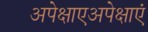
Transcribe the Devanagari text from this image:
अपेक्षाएअपेक्षाएं